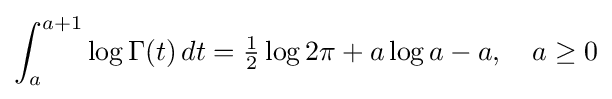
\int _{a}^{a+1}\log \Gamma (t)\,dt={\tfrac {1}{2}}\log 2\pi +a\log a-a,\quad a\geq 0